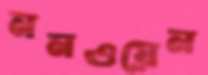
ননওয়েন